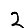
Digit: 2